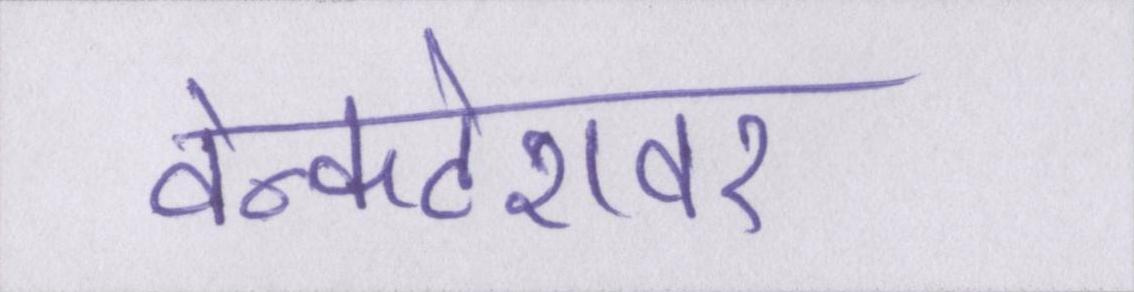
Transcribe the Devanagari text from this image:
वेन्कटेशवर